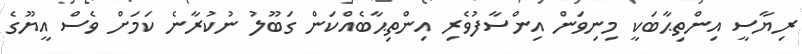
ރިޔާސީ އިންތިޙާބަކީ މިނިވަން އިންސާފުވެރި އިންތިޙާބެއްކަން ގަބޫލު ނުކުރާނެ ކަމަށް ވެސް އީޔޫގެ